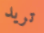
تريد